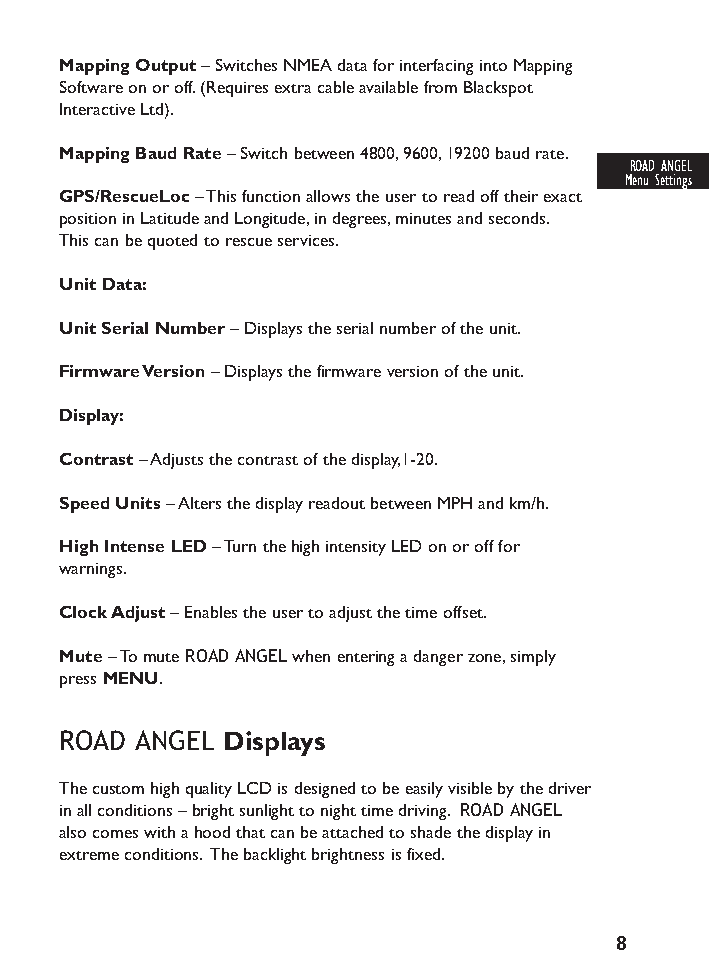
Mapping Output– Switches NMEA data for interfacing into Mapping
 Software on or off.(Requires extra cable available from Blackspot
 Interactive Ltd).
 Mapping Baud Rate– Switch between 4800,9600,19200 baud rate.
 ROAD ANGEL
 Menu Settings
 GPS/RescueLoc– This function allows the user to read off their exact
 position in Latitude and Longitude,in degrees,minutes and seconds.
 This can be quoted to rescue services.
 Unit Data:
 Unit Serial Number – Displays the serial number of the unit.
 Firmware Version – Displays the firmware version of the unit.
 Display:
 Contrast– Adjusts the contrast of the display,1-20.
 Speed Units– Alters the display readout between MPH and km/h.
 High Intense LED– Turn the high intensity LED on or off for
 warnings.
 Clock Adjust– Enables the user to adjust the time offset.
 Mute– To mute ROAD ANGELwhen entering a danger zone,simply
 press MENU.
 ROAD ANGEL Displays
 The custom high quality LCD is designed to be easily visible by the driver
 in all conditions – bright sunlight to night time driving. ROAD ANGEL
 also comes with a hood that can be attached to shade the display in
 extreme conditions. The backlight brightness is fixed.
 8